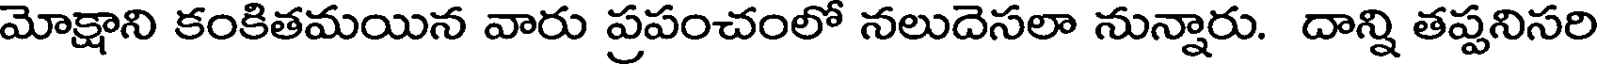
మోక్షాని కంకితమయిన వారు ప్రపంచంలో నలుదెసలా నున్నారు. దాన్ని తప్పనిసరి